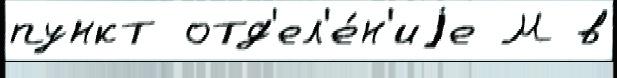
пункт отд'ел'е́н'иjе М в